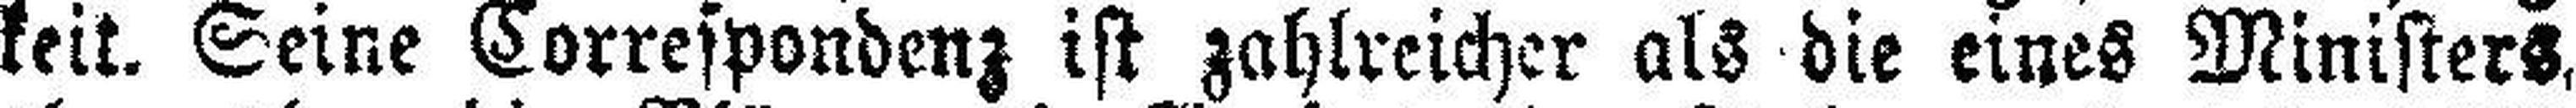
keit. Seine Correspondenz ist zahlreicher als die eines Ministers,